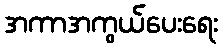
အကာအကွယ်ပေးရေး